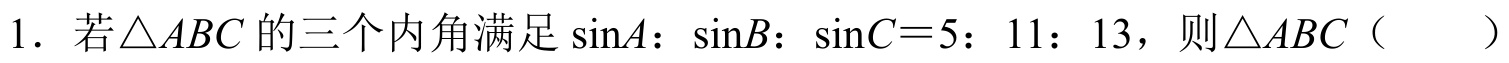
1. 若\(\triangle ABC\)的三个内角满足\(\sin A:\sin B:\sin C = 5:11:13\)，则\(\triangle ABC\)（  ）